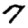
Digit: 7